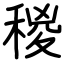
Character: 稯